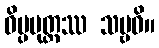
ဝိပ္ပမုတ္တဿ သဗ္ဗဓိ။